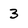
Character: 3